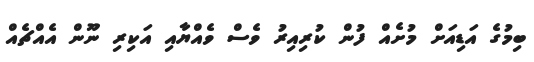
ބިމުގެ އަޑިއަށް މުށެއް ފުން ކުރިއިރު ވެސް ވެއްޔާއި އަކިރި ނޫން އެއްޗެއް